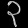
Digit: ၃